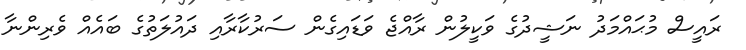
ރައީސް މުޙައްމަދު ނަޝީދުގެ ވަކީލުން ރާއްޖެ ވަޑައިގެން ސަރުކާރާއި ދައުލަތުގެ ބައެއް ވެރިންނާ